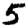
Digit: 5